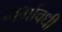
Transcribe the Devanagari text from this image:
गर्भावधी